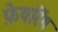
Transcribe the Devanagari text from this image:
फ़ेयरिंग